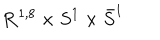
{ \mathbf { R } } ^ { 1 , 8 } \times S ^ { 1 } \times \bar { S } ^ { 1 }